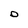
Character: O